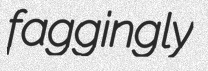
faggingly